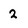
Character: 2